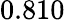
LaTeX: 0.810